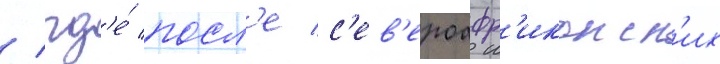
/ гд'е́ посл'е с'ев'ероафр'иканск'их